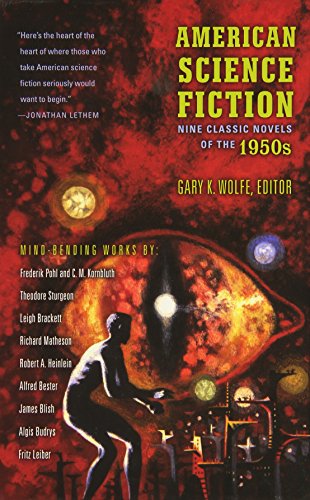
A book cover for American Science Fiction: Nine Classic Novels of the 1950s; Various; Science Fiction & Fantasy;